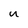
Character: u